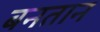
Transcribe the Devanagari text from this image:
बनतान